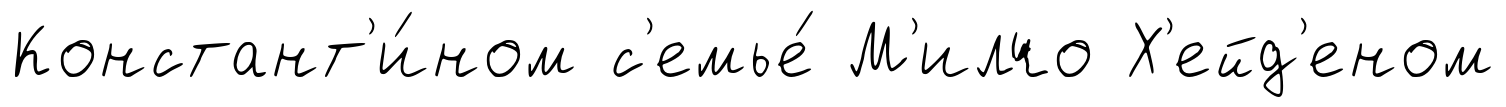
Констант'и́ном с'емье́ М'илчо Х'ейд'еном